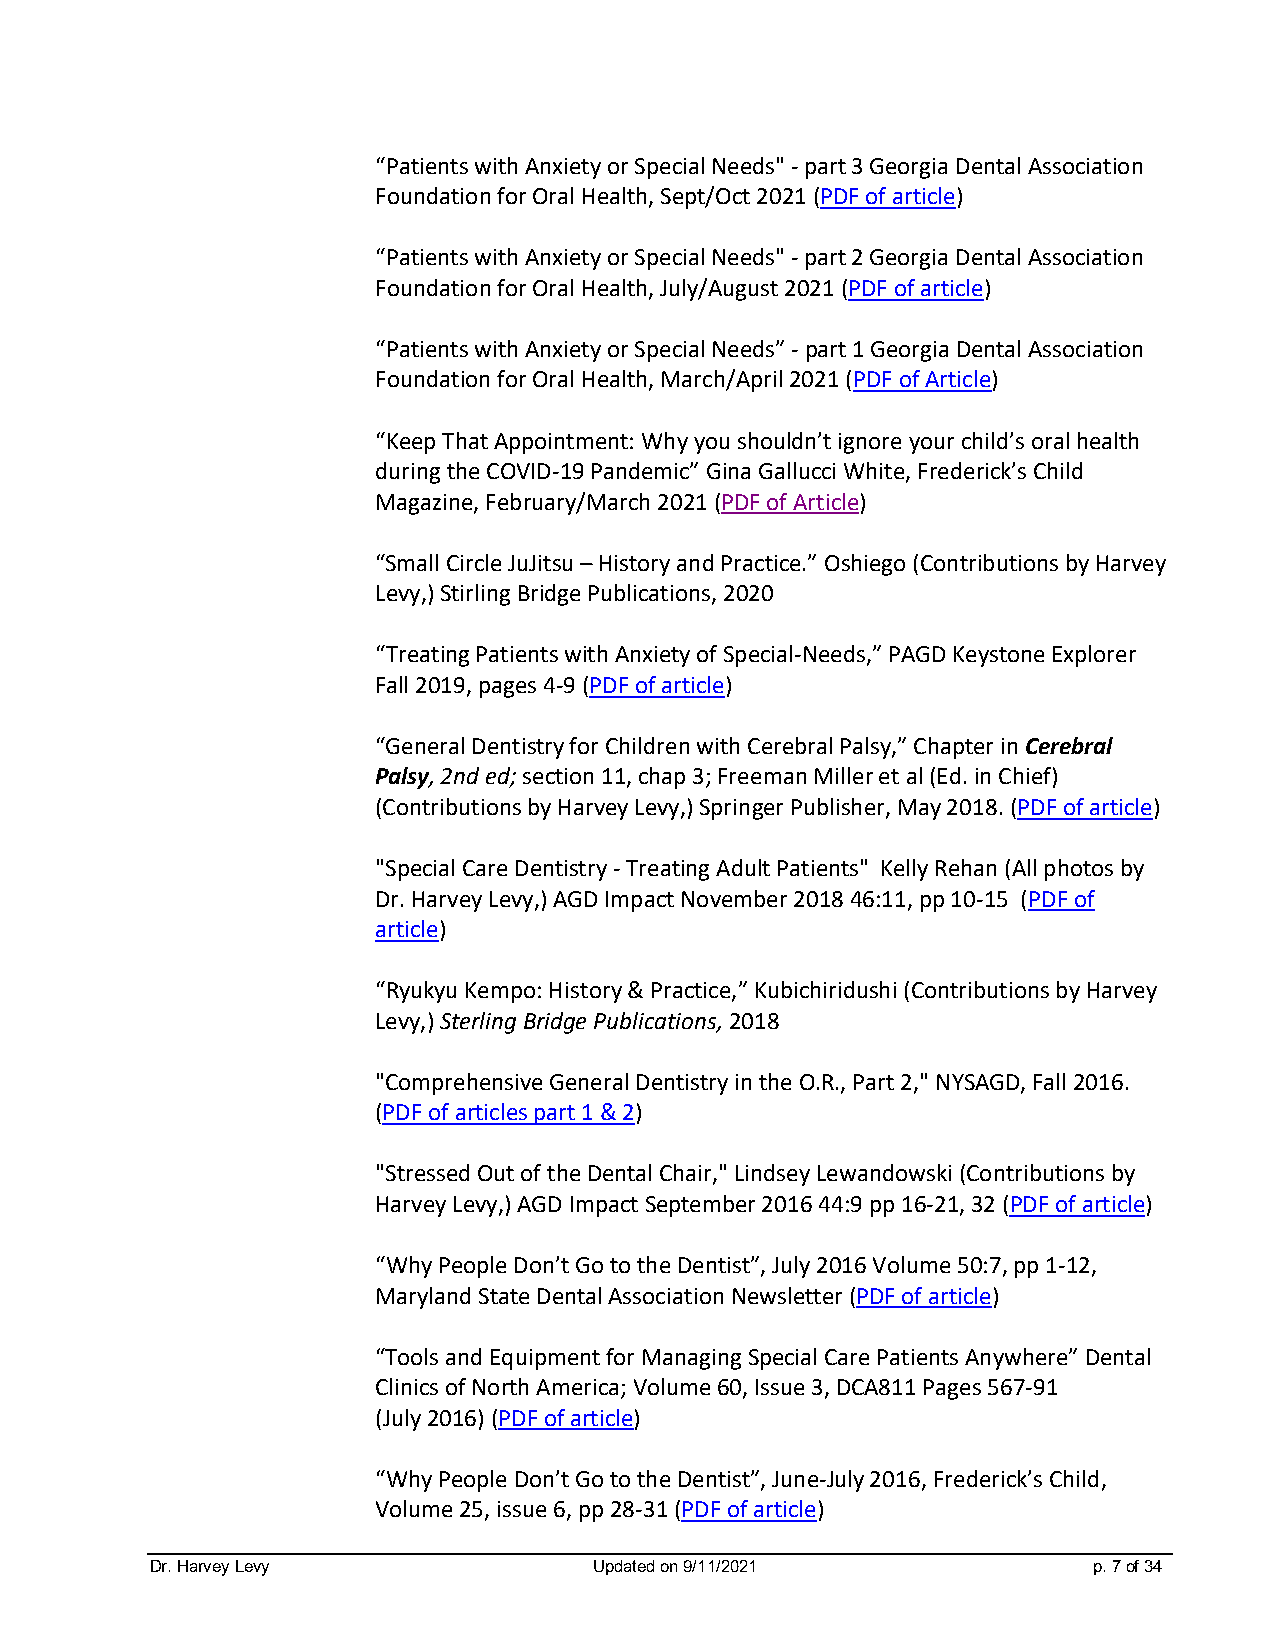
“Patients with Anxiety or Special Needs" - part 3 Georgia Dental Association
 Foundation for Oral Health, Sept/Oct 2021 (PDF of article)
 “Patients with Anxiety or Special Needs" - part 2 Georgia Dental Association
 Foundation for Oral Health, July/August 2021 (PDF of article)
 “Patients with Anxiety or Special Needs” - part 1 Georgia Dental Association
 Foundation for Oral Health, March/April 2021 (PDF of Article)
 “Keep That Appointment: Why you shouldn’t ignore your child’s oral health
 during the COVID-19 Pandemic” Gina Gallucci White, Frederick’s Child
 Magazine, February/March 2021 (PDF of Article)
 “Small Circle JuJitsu – History and Practice.” Oshiego (Contributions by Harvey
 Levy,) Stirling Bridge Publications, 2020
 “Treating Patients with Anxiety of Special-Needs,” PAGD Keystone Explorer
 Fall 2019, pages 4-9 (PDF of article)
 “General Dentistry for Children with Cerebral Palsy,” Chapter in Cerebral
 Palsy, 2nd ed; section 11, chap 3; Freeman Miller et al (Ed. in Chief)
 (Contributions by Harvey Levy,) Springer Publisher, May 2018. (PDF of article)
 "Special Care Dentistry - Treating Adult Patients" Kelly Rehan (All photos by
 Dr. Harvey Levy,) AGD Impact November 2018 46:11, pp 10-15 (PDF of
 article)
 “Ryukyu Kempo: History & Practice,” Kubichiridushi (Contributions by Harvey
 Levy,) Sterling Bridge Publications, 2018
 "Comprehensive General Dentistry in the O.R., Part 2," NYSAGD, Fall 2016.
 (PDF of articles part 1 & 2)
 "Stressed Out of the Dental Chair," Lindsey Lewandowski (Contributions by
 Harvey Levy,) AGD Impact September 2016 44:9 pp 16-21, 32 (PDF of article)
 “Why People Don’t Go to the Dentist”, July 2016 Volume 50:7, pp 1-12,
 Maryland State Dental Association Newsletter (PDF of article)
 “Tools and Equipment for Managing Special Care Patients Anywhere” Dental
 Clinics of North America; Volume 60, Issue 3, DCA811 Pages 567-91
 (July 2016) (PDF of article)
 “Why People Don’t Go to the Dentist”, June-July 2016, Frederick’s Child,
 Volume 25, issue 6, pp 28-31 (PDF of article)
 Dr. Harvey Levy              Updated on 9/11/2021             p. 7 of 34